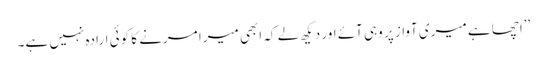
’’اچھا ہے میری آواز پر وہی آئے اور دیکھ لے کہ ابھی میرا مرنے کا کوئی ارادہ نہیں ہے۔